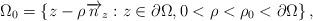
LaTeX: \begin{align*}\Omega _{0}=\left\{ z-\rho \overrightarrow{n}_{z}:z\in \partial \Omega,0<\rho <\rho _{0}<\partial \Omega\right\} , \end{align*}